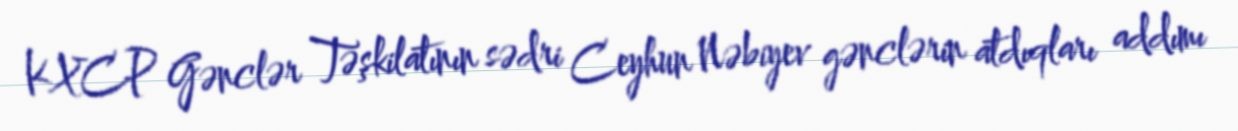
KXCP Gənclər Təşkilatının sədri Ceyhun Nəbiyev gənclərin atdıqları addımı